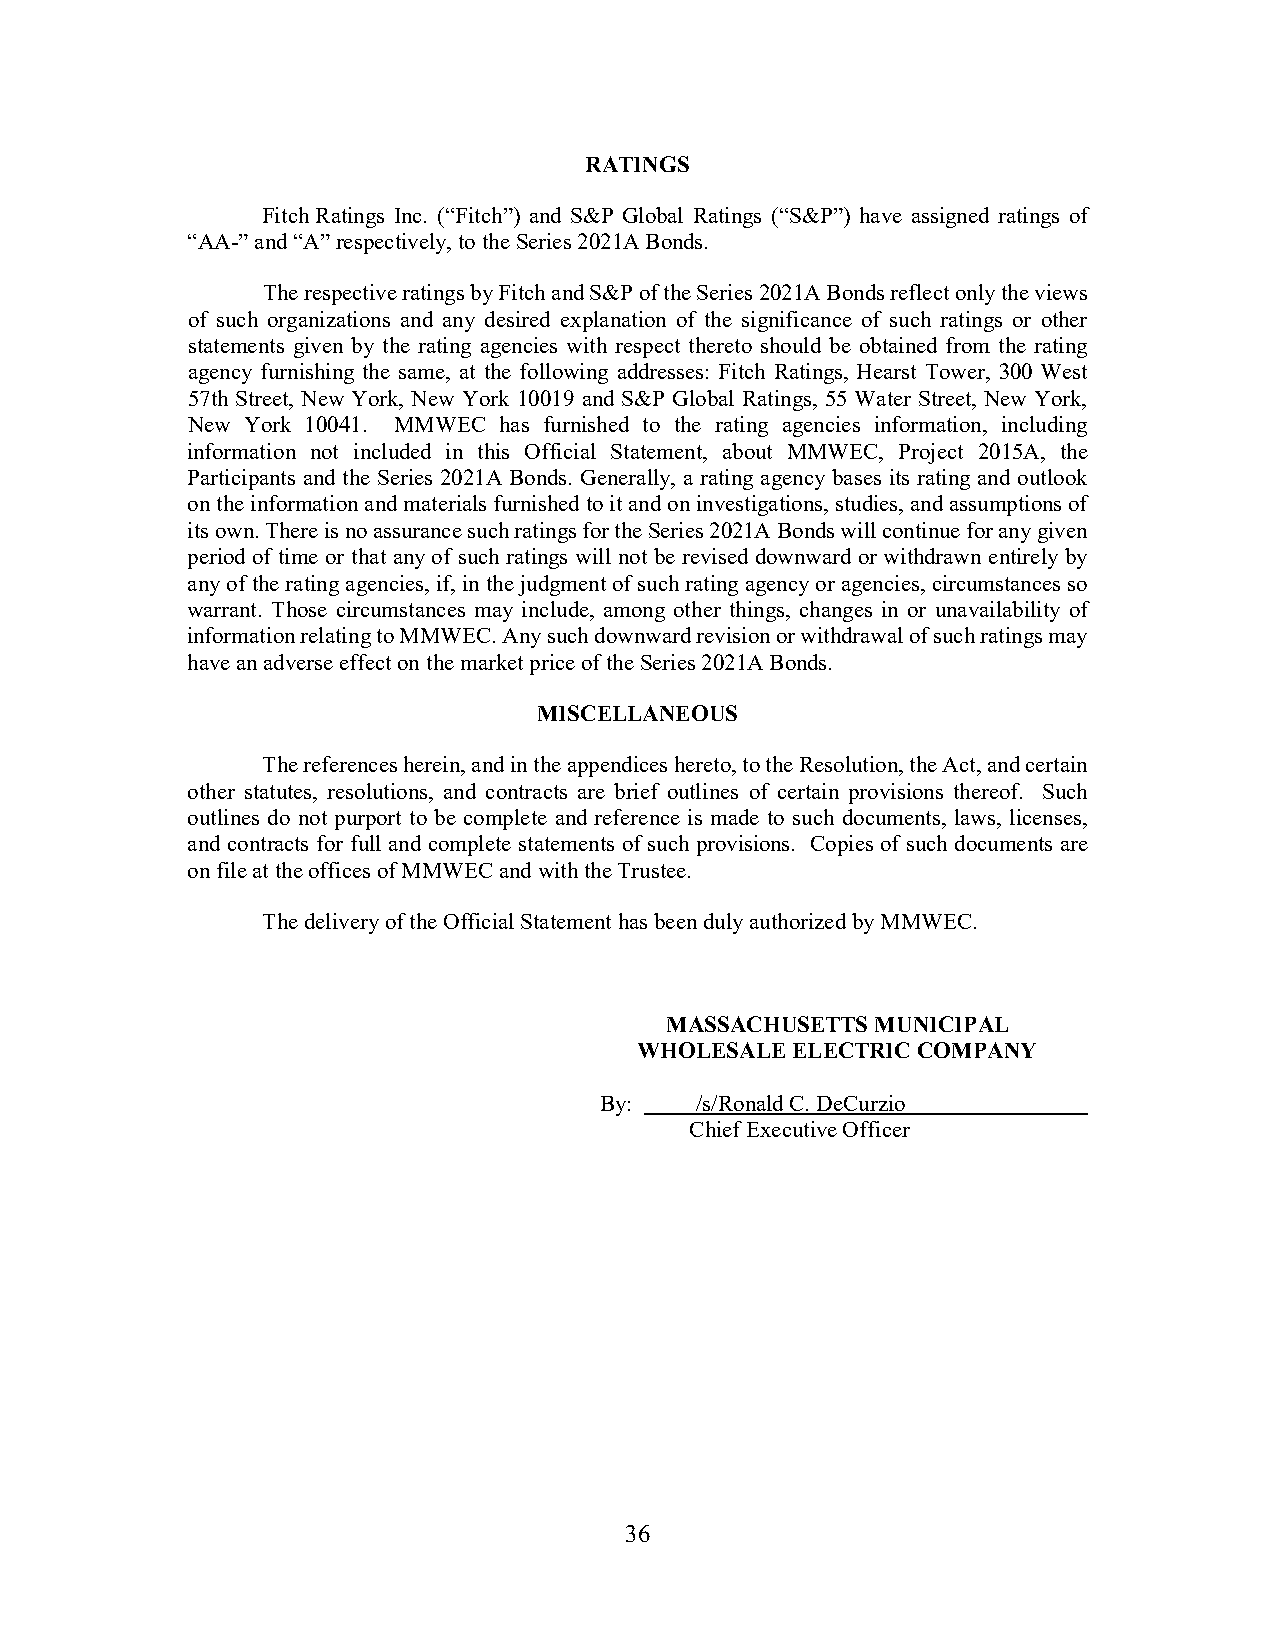
RATINGS
 Fitch Ratings Inc. (“Fitch”) and S&P Global Ratings (“S&P”) have assigned ratings of
 “AA-” and “A” respectively, to the Series 2021A Bonds.
 The respective ratings by Fitch and S&P of the Series 2021A Bonds reflect only the views
 of such organizations and any desired explanation of the significance of such ratings or other
 statements given by the rating agencies with respect thereto should be obtained from the rating
 agency furnishing the same, at the following addresses: Fitch Ratings, Hearst Tower, 300 West
 57th Street, New York, New York 10019 and S&P Global Ratings, 55 Water Street, New York,
 New York 10041. MMWEC has furnished to the rating agencies information, including
 information not included in this Official Statement, about MMWEC, Project 2015A, the
 Participants and the Series 2021A Bonds. Generally, a rating agency bases its rating and outlook
 on the information and materials furnished to it and on investigations, studies, and assumptions of
 its own. There is no assurance such ratings for the Series 2021A Bonds will continue for any given
 period of time or that any of such ratings will not be revised downward or withdrawn entirely by
 any of the rating agencies, if, in the judgment of such rating agency or agencies, circumstances so
 warrant. Those circumstances may include, among other things, changes in or unavailability of
 information relating to MMWEC. Any such downward revision or withdrawal of such ratings may
 have an adverse effect on the market price of the Series 2021A Bonds.
 MISCELLANEOUS
 The references herein, and in the appendices hereto, to the Resolution, the Act, and certain
 other statutes, resolutions, and contracts are brief outlines of certain provisions thereof. Such
 outlines do not purport to be complete and reference is made to such documents, laws, licenses,
 and contracts for full and complete statements of such provisions. Copies of such documents are
 on file at the offices of MMWEC and with the Trustee.
 The delivery of the Official Statement has been duly authorized by MMWEC.
 MASSACHUSETTS MUNICIPAL
 WHOLESALE ELECTRIC COMPANY
 By:   /s/Ronald C. DeCurzio
 Chief Executive Officer
 36